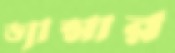
ড্যান্সার